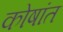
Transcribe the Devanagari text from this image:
कोषांत